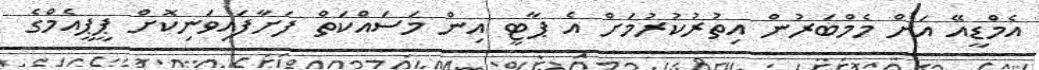
އެމްޑީއޭ އަށް މެމްބަރުން އިތުރުކުރުމަށް އެ ޕާޓީ އިން މަސައްކަތް ފަށާފައިވަނިކޮށް ޕީޕީއެމްގެ